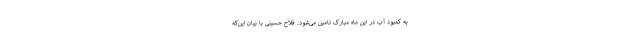
به کمبود آب در این ماه مبارک تامین می‌شود. فلاح حسینی با بیان این‌که